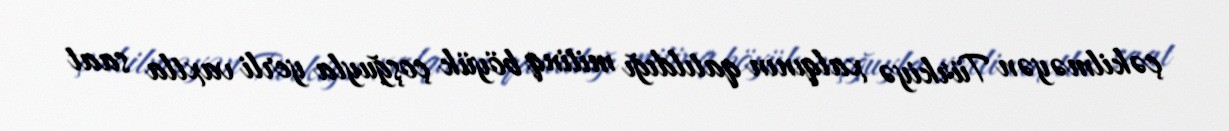
çəkilməyən Türkiyə xalqının qatıldığı mitinq böyük çoşğuyla yerli vaxtla saat